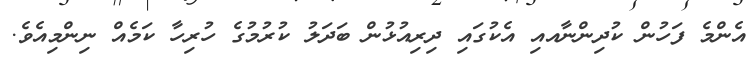
އެންމެ ފަހުން ކުދިންނާއއި އެކުގައި ދިރިއުޅުން ބަދަލު ކުރުމުގެ ހުރިހާ ކަމެއް ނިންމިއެވެ.